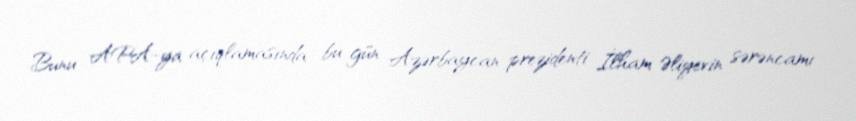
Bunu APA-ya açıqlamasında bu gün Azərbaycan prezidenti İlham Əliyevin sərəncamı